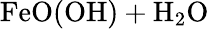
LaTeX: \mathrm{FeO(OH)}+\mathrm{H}_{2}\mathrm{O}